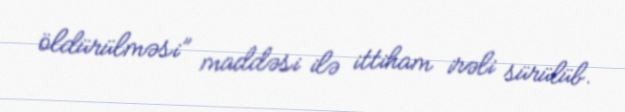
öldürülməsi” maddəsi ilə ittiham irəli sürülüb.